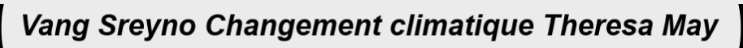
Vang Sreyno Changement climatique Theresa May